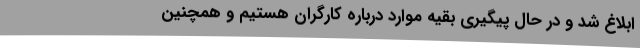
ابلاغ شد و در حال پیگیری بقیه موارد درباره کارگران هستیم و همچنین